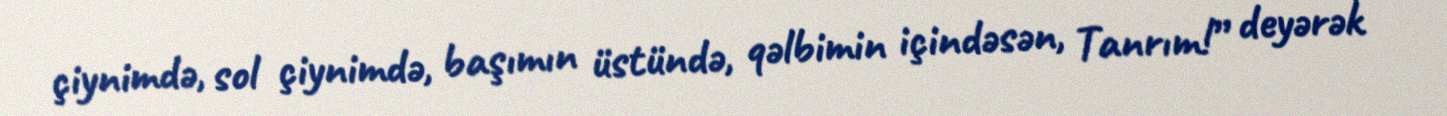
çiynimdə, sol çiynimdə, başımın üstündə, qəlbimin içindəsən, Tanrım!” deyərək